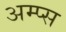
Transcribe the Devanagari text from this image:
अम्प्स